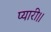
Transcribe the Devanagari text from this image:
प्यारी।।